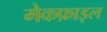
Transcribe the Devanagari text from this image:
मेकफ़ाइल